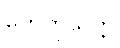
ဟေတုသတ္တိ